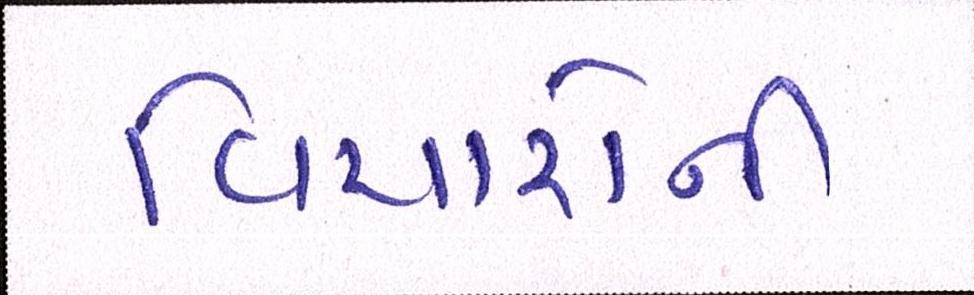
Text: વિચારોની